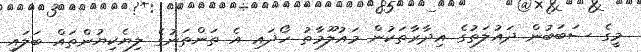
މީގެ ސަބަބުން ދައުލަތުގެ އިދާރާތަކުން މައުލޫމާތު ހޯދައި އެ ތަންތަނުގެ ލިޔެކިޔުންތައް ބަލައި